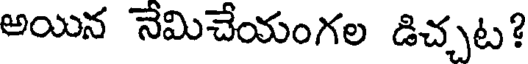
అయిన నేమిచేయంగల డిచ్చట?